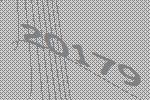
20179